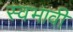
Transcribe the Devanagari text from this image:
स्वभावी